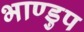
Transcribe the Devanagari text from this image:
भाण्डुप